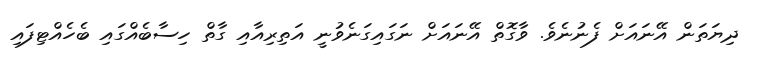
ދިޔަތަން އޭނައަށް ފެނުނެވެ. ވާގޮތް އޭނައަށް ނަގައިގަނެވުނީ އަތިރިއާއި ގާތް ހިސާބެއްގައި ބެހެއްޓިފައި